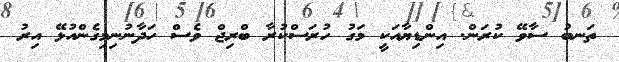
ތަނބު ސާވޭ ކުރަން. އިންޑިޔާއަކީ މަގު ހުރަސްކުރާ ބްރިޖް ވެސް ހަދާނުނިމިގެންއުޅޭ އިރު